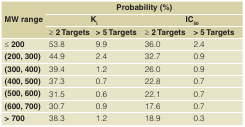
<table><thead><tr><td rowspan="3"><b>MW range</b></td><td colspan="4"><b>Probability (%)</b></td></tr><tr><td colspan="2"><b>K<sub>i</sub></b></td><td colspan="2"><b>IC<sub>50</sub></b></td></tr><tr><td><b>≥ 2 Targets</b></td><td><b>&gt; 5 Targets</b></td><td><b>≥ 2 Targets</b></td><td><b>&gt; 5 Targets</b></td></tr></thead><tbody><tr><td><b>≤ 200</b></td><td>53.8</td><td>9.9</td><td>36.0</td><td>2.4</td></tr><tr><td><b>(200, 300)</b></td><td>44.9</td><td>2.4</td><td>32.7</td><td>0.9</td></tr><tr><td><b>(300, 400)</b></td><td>39.4</td><td>1.2</td><td>26.0</td><td>0.9</td></tr><tr><td><b>(400, 500)</b></td><td>37.3</td><td>0.7</td><td>22.8</td><td>0.7</td></tr><tr><td><b>(500, 600)</b></td><td>31.5</td><td>0.6</td><td>22.1</td><td>0.7</td></tr><tr><td><b>(600, 700)</b></td><td>30.7</td><td>0.9</td><td>17.6</td><td>0.7</td></tr><tr><td><b>&gt; 700</b></td><td>38.3</td><td>1.2</td><td>18.9</td><td>0.3</td></tr></tbody></table>